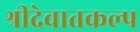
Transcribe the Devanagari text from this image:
श्रीदेवातकल्प